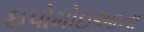
ઇપોમોઇઆના